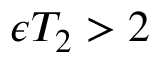
\epsilon T _ { 2 } > 2